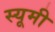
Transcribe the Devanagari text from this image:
स्यूमी